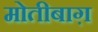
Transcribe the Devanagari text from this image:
मोतीबाग़